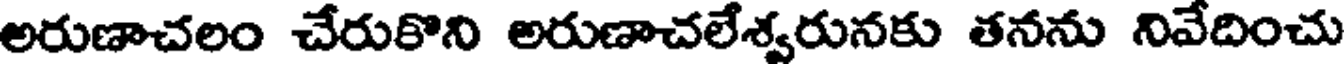
అరుణాచలం చేరుకొని అరుణాచలేశ్వరునకు తనను నివేదించు